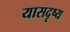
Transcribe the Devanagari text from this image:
यासदृष्य